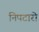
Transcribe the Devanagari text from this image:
निपटारो